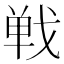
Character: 𢧐